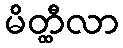
မိတ္ထီလာ